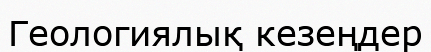
Геологиялық кезеңдер